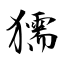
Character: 獳